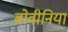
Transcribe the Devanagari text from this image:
बोवीनिया